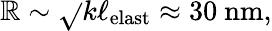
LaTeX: \mathbb{R}\sim\sqrt{}{{k\ell_{\mathrm{{elast}}}}}\approx30~\mathrm{{nm}},